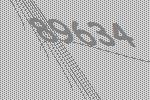
89634